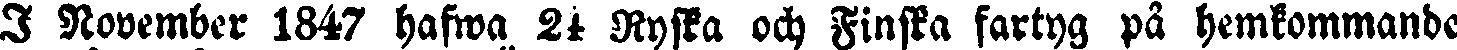
I November 1847 hafwa 24 Ryska och Finska fartyg på hemkommande